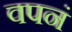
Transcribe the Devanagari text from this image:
वपनं